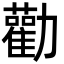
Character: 勸